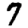
Digit: 7